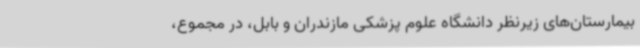
بیمارستان‌های زیرنظر دانشگاه علوم پزشکی مازندران و بابل، در مجموع،